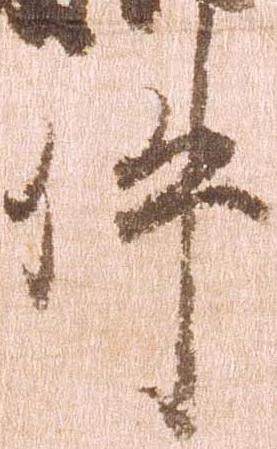
件